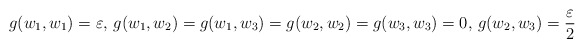
\begin{align*}g(w_1,w_1)=\varepsilon,\, g(w_1,w_2)=g(w_1,w_3)=g(w_2,w_2)=g(w_3,w_3)=0,\,g(w_2,w_3)=\frac\varepsilon 2 \end{align*}